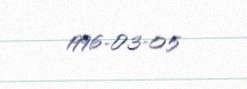
1996-03-05